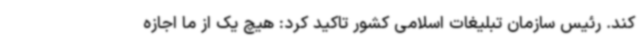
کند. رئیس سازمان تبلیغات اسلامی کشور تاکید کرد: هیچ یک از ما اجازه